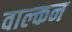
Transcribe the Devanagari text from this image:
वाल्कन